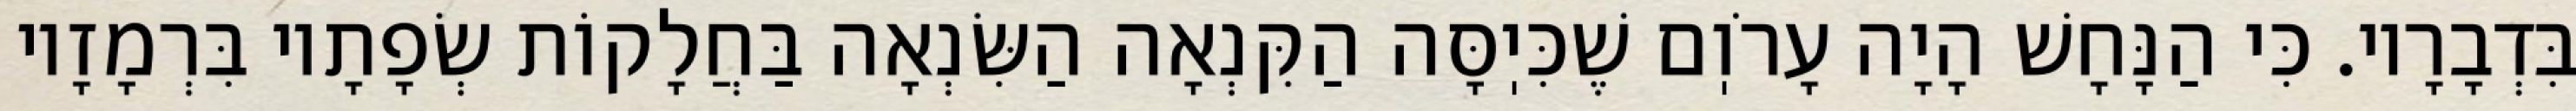
בִּדְבָרָיו. כִּי הַנָּחָשׁ הָיָה עָרֹוֽם שֶׁכִּיֽסָּה הַקִּנְאָה הַשִּׂנְאָה בַּחֲלָקוֹת שְׂפָתָיו בִּרְמָזָיו